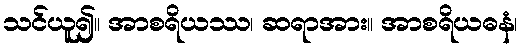
သင်ယူ၍။ အာစရိယဿ၊ ဆရာအား။ အာစရိယဓနံ၊